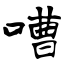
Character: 嘈